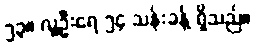
၅၃။ လူဦးရေ ၅၄ သန်းခန့် ရှိသည်။